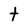
Character: t